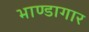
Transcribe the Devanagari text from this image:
भाण्डागार